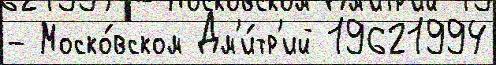
- Моско́вском Дм'и́тр'ий 19621994